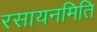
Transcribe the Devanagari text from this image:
रसायनमिति